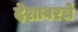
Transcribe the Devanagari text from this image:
देशावरचे